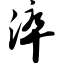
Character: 淬